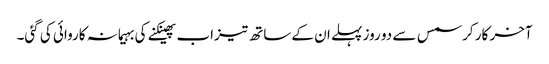
آخر کار کرسمس سے دو روز پہلے ان کے ساتھ تیزاب پھینکنے کی بہیمانہ کاروائی کی گئی۔